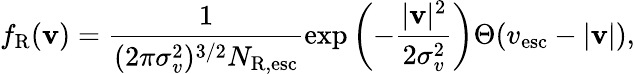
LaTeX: f_{\mathrm{R}}(\mathbf{v})=\frac{1}{(2\pi\sigma_{v}^{2})^{3/2}N_{\mathrm{R,esc}}}\exp{\left(-\frac{|\mathbf{v}|^{2}}{2\sigma_{v}^{2}}\right)}\Theta(v_{\mathrm{esc}}-|\mathbf{v}|),